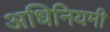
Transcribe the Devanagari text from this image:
अधिनियमी